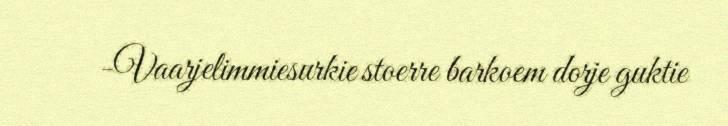
-Vaarjelimmiesurkie stoerre barkoem dorje guktie